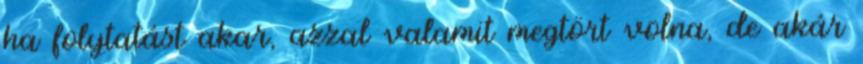
ha folytatást akar, azzal valamit megtört volna, de akár